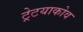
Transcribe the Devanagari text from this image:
ट्रेटयाकोव